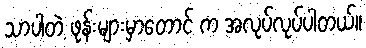
သာပါတဲ့ ဖုန်းများမှာတောင် က အလုပ်လုပ်ပါတယ်။